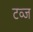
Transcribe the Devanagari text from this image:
टव्ज